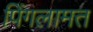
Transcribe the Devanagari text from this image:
पिंगलामत